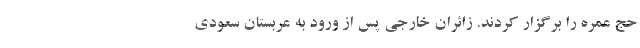
حج عمره را برگزار کردند. زائران خارجی پس از ورود به عربستان سعودی